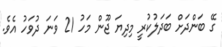
ގޭ ބަންދަށް ބަދަލުކުރީ މިދިޔަ ޖޫން މަހު 21 ވަނަ ދުވަހު އެވެ.